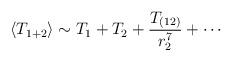
LaTeX: \begin{align*}\langle T_{1 + 2} \rangle \sim T_1 + T_2 + \frac{T_{(12)}}{ r_2^7} + \cdots\end{align*}